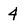
Character: 4